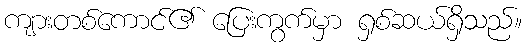
ကျားတစ်ကောင်၏ ပြေးကွက်မှာ ရှစ်ဆယ်ရှိသည်။